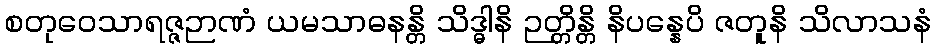
စတုဝေသာရဇ္ဇဉာဏံ ယမသာဓနန္တိ သိဒ္ဓါနိ ဉတ္တိန္တိ နိပန္နေပိ ဇတူနိ သိလာသနံ